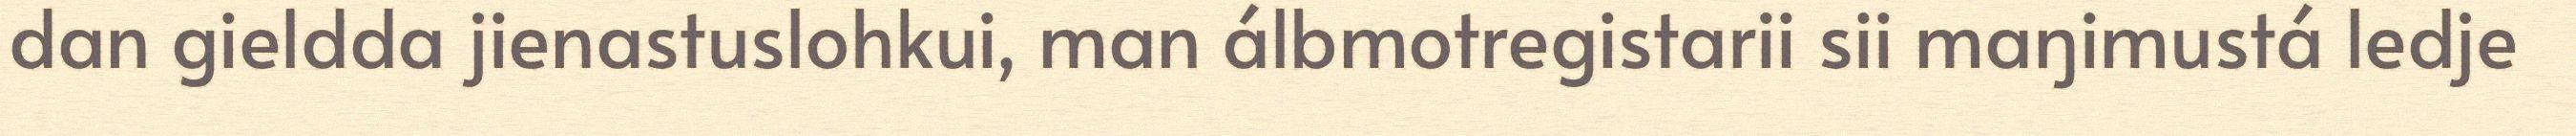
dan gieldda jienastuslohkui, man álbmotregistarii sii maŋimustá ledje